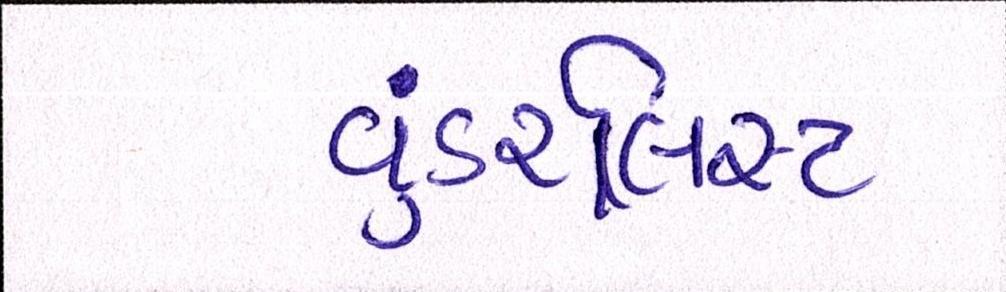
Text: વુંડરલિસ્ટ